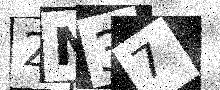
Text: 2N37